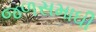
જળસમાઘી